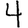
Digit: 4